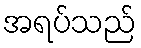
အရပ်သည်